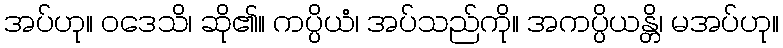
အပ်ဟု။ ဝဒေသိ၊ ဆို၏။ ကပ္ပိယံ၊ အပ်သည်ကို။ အကပ္ပိယန္တိ၊ မအပ်ဟု။